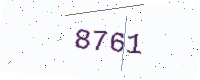
Text: 8761